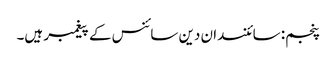
پنجم: سائنسدان دین سائنس کے پیغمبر ہیں۔